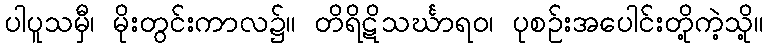
ပါပူသမှီ၊ မိုးတွင်းကာလ၌။ တိရိဋိသင်္ဃာရဝ၊ ပုစဉ်းအပေါင်းတို့ကဲ့သို့။